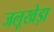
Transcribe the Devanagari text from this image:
जलूखेड़ा